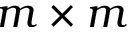
m \times m